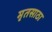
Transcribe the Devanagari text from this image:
मृतसाठा